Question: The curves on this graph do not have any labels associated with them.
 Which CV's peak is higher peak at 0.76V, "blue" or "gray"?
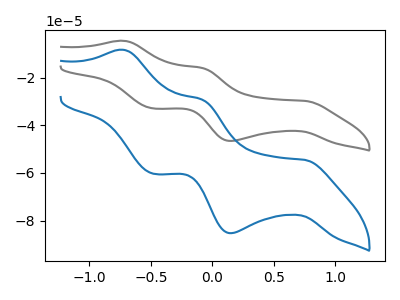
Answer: <think>The gray curve "gray" has anodic peaks at (-0.70V, -4.55uA) (-0.10V, -15.95uA) and cathodic peaks at (0.75V, -29.80uA) (0.15V, -46.60uA) (-0.50V, -32.95uA). The blue curve "blue" has anodic peaks at (-0.70V, -8.35uA) (-0.10V, -29.20uA) and cathodic peaks at (0.75V, -54.55uA) (0.15V, -85.25uA) (-0.50V, -60.30uA).</think>
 <answer>The peak at 0.76V is higher in "blue" than in "gray".</answer>
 <eval>higher</eval>